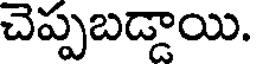
చెప్పబడ్డాయి.